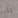
نابا